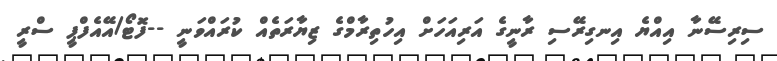
ސިރިސޭނާ އިއްޔެ އިނގިރޭސި ރާނީގެ އަރިއަހަށް އިހުތިރާމްގެ ޒިޔާރަތެއް ކުރައްވަނީ --ފޮޓޯ/އޭއެފްޕީ ސްރީ